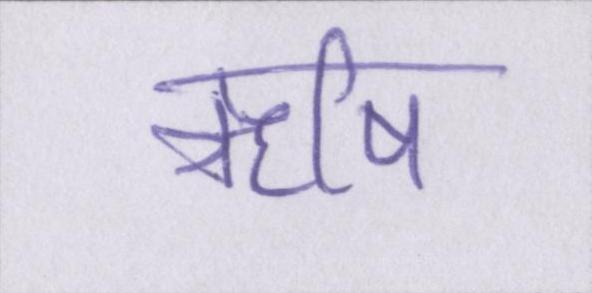
ऋषि